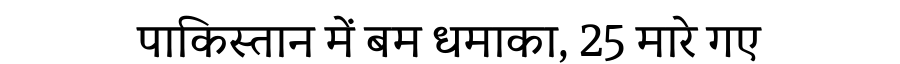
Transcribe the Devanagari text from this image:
पाकिस्तान में बम धमाका, 25 मारे गए